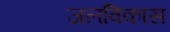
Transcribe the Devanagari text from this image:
जलविकास